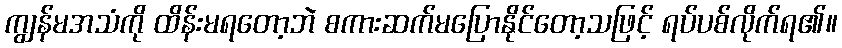
ကျွန်မအသံကို ထိန်းမရတော့ဘဲ စကားဆက်မပြောနိုင်တော့သဖြင့် ရပ်ပစ်လိုက်ရ၏။